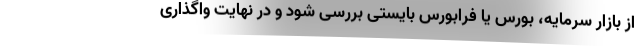
از بازار سرمایه، بورس یا فرابورس بایستی بررسی شود و در نهایت واگذاری